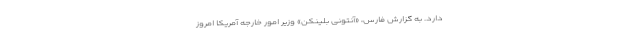
دارد. به گزارش فارس، «آنتونی بلینکن» وزیر امور خارجه آمریکا امروز